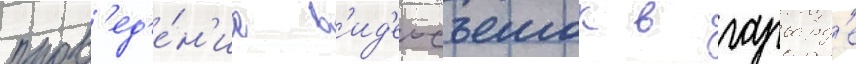
пров'ед'е́н'ие в'ид'еосъемок в гарвард'е